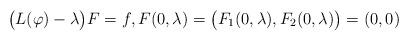
LaTeX: \begin{align*}\big(L(\varphi) -\lambda\big)F= f,F(0,\lambda) = \big(F_1(0,\lambda),F_2(0,\lambda)\big)=(0,0)\end{align*}